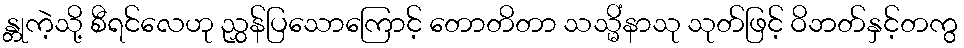
န္တုကဲ့သို့ စီရင်လေဟု ညွှန်ပြသောကြောင့် တောတိတာ သသ္မိံနာသု သုတ်ဖြင့် ဝိဘတ်နှင့်တကွ